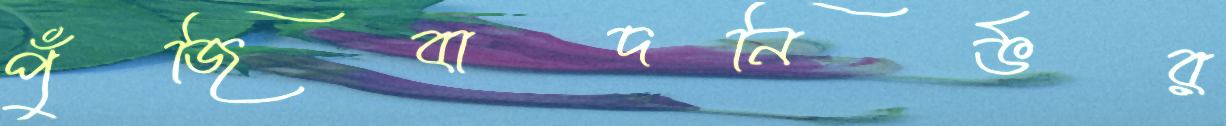
পুঁজিবাদনির্ভর